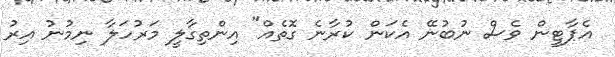
އެޕާޓީން ވެސް ނުބުނޭ އެކަން ކުރާނެ ގޮތެއް" އިންތިގާލީ މަރުހަލާ ނިމުނު އިރު